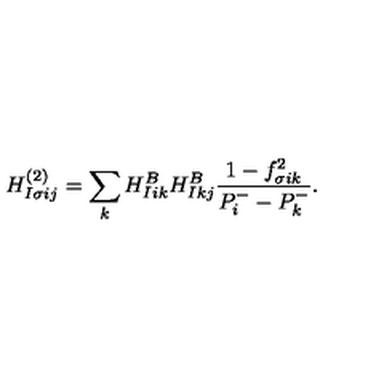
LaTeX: H _ { I \sigma i j } ^ { ( 2 ) } = \sum _ { k } H _ { I i k } ^ { B } H _ { I k j } ^ { B } \frac { 1 - f _ { \sigma i k } ^ { 2 } } { P _ { i } ^ { - } - P _ { k } ^ { - } } .